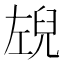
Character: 𭘉